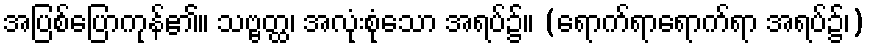
အပြစ်ပြောကုန်၏။ သဗ္ဗတ္ထ၊ အလုံးစုံသော အရပ်၌။ (ရောက်ရာရောက်ရာ အရပ်၌၊)